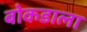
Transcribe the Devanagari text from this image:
बोकडाला